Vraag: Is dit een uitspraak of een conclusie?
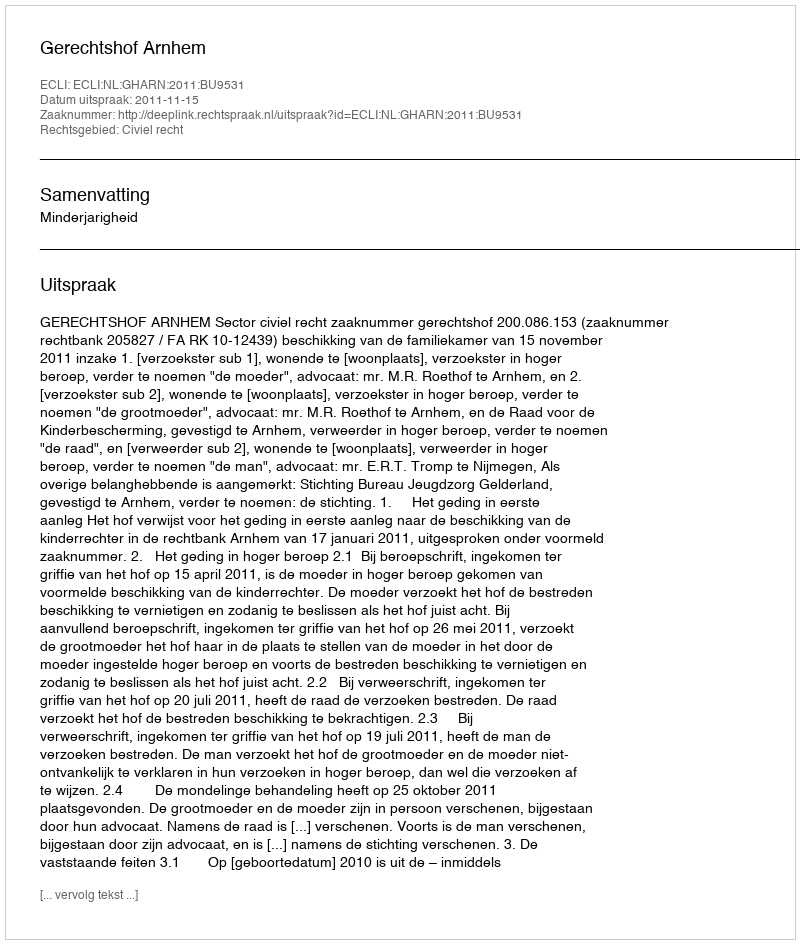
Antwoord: Uitspraak